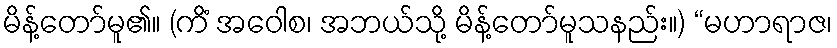
မိန့်တော်မူ၏။ (ကိံ အဝေါစ၊ အဘယ်သို့ မိန့်တော်မူသနည်း။) “မဟာရာဇ၊